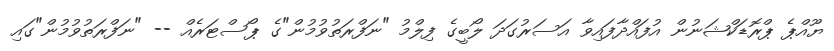
ޔޫއްޕެ ޕްރޮޑަކްޝަނުން އުފައްދާފައިވާ އަސަރުގަދަ ލޯބީގެ ފިލްމު "ނަފްރަތުވުމުން"ގެ ޕޯސްޓަރެއް -- "ނަފްރަތުވުމުން"ގައި